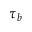
\tau _ { b }